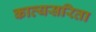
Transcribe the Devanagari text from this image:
काव्यसरिता